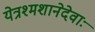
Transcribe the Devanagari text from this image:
येत्रश्मशानेदेवाः